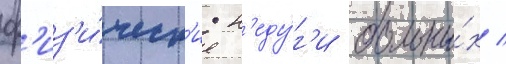
ф'из'и́ческ'ие н'еду́г'и больны́х /